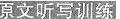
原文听写训练